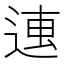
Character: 𰺿